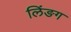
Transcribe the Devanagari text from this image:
लिंङग